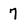
Character: 7